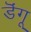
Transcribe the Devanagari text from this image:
डॆंगू